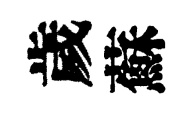
歲蘇